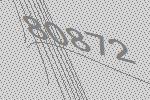
80872